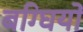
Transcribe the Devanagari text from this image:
बग्घियों